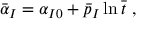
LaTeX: \bar { \alpha } _ { I } = \alpha _ { I 0 } + \bar { p } _ { I } \ln \bar { t } \ ,